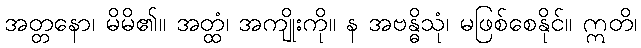
အတ္တနော၊ မိမိ၏။ အတ္ထံ၊ အကျိုးကို။ န အဗန္ဓိသုံ၊ မဖြစ်စေနိုင်။ ဣတိ၊